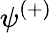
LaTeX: \psi^{(+)}